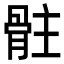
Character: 𩨻